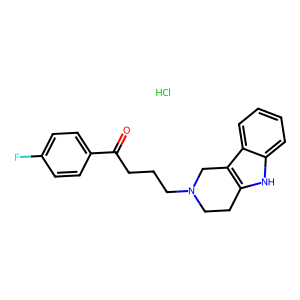
SMILES: Cl.O=C(CCCN1CCc2[nH]c3ccccc3c2C1)c1ccc(F)cc1
Inhibits HIV replication: No